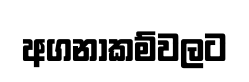
අගනාකම්වලට